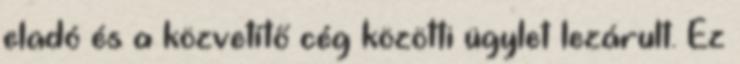
eladó és a közvetítő cég közötti ügylet lezárult. Ez